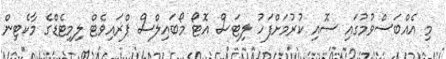
މި އެއްބަސްވުމުގައި ސޮއި ކުރުމަށްފަހު ލިޓަސް އޮޓޯ މޯބައިލްސް ޕްރައިވެޓް ލިމިޓެޑްގެ މާކެޓިން